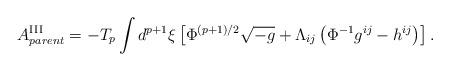
LaTeX: \begin{align*}A^{{\rm III}}_{parent}=-T_{p}\int d^{p+1}{\xi}\left[{\Phi}^{(p+1)/2}\sqrt{-g}+{\Lambda}_{ij}\left({\Phi}^{-1}g^{ij}-h^{ij}\right)\right].\end{align*}